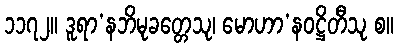
၁၁၇၂။ ဒူရာ’နဘိမုခတ္တေသု၊ မောဟာ’နဝဋ္ဌိတီသု စ။